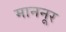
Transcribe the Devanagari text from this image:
माननूर